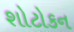
શોટોકન